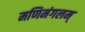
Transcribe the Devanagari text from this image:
मणिमंगलम्